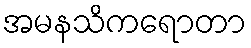
အမနသိကရောတာ